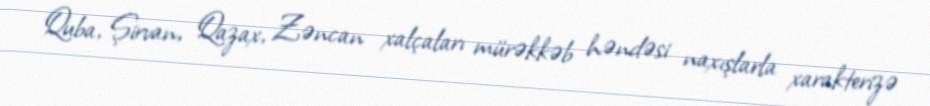
Quba, Şirvan, Qazax, Zəncan xalçaları mürəkkəb həndəsi naxışlarla xarakterizə